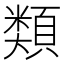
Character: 類